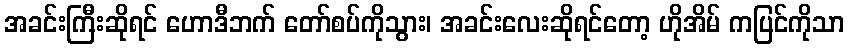
အခင်းကြီးဆိုရင် ဟောဒီဘက် တော်စပ်ကိုသွား၊ အခင်းလေးဆိုရင်တော့ ဟိုအိမ် ကပြင်ကိုသာ